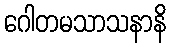
ဂေါတမသာသနာနိ